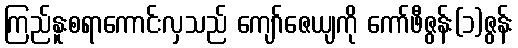
ကြည်နူးစရာကောင်းလှသည် ကျော်ဇေယျကို ကော်ဖီဇွန်း(၁)ဇွန်း